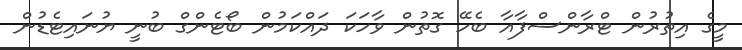
މީގެ އިތުރުން ޓްރާންސްފާއާ ބެހޭ ގޮތުން ވާހަކަ ދައްކަމުން ބޯޓެންގް ބުނީ ޔުނައިޓެޑުން